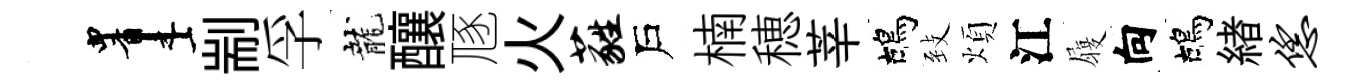
画剬孚龍釀豗火蕤戶楠穂莘鴣𦤺煩江履向鴣緖恁